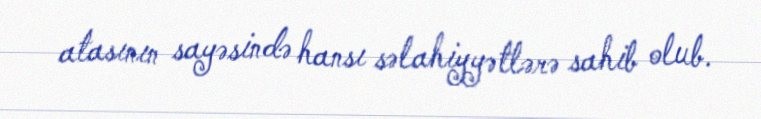
atasının sayəsində hansı səlahiyyətlərə sahib olub.